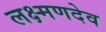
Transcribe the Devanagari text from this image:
लक्ष्‍मणदेव